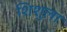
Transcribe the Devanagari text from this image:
शिशुला